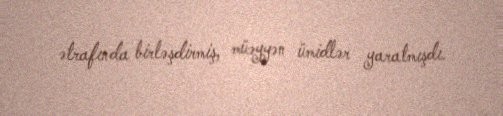
ətrafında birləşdirmiş, müəyyən ümidlər yaratmışdı.